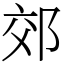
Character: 郊